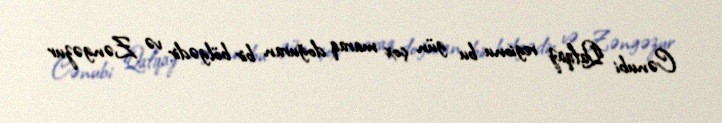
Cənubi Qafqaz regionu bu gün çox maraq doğuran bir bölgədir və Zəngəzur